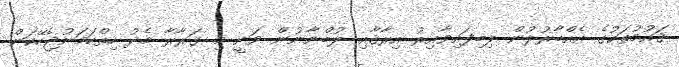
ޤައުމުތަކުގެ އެއްބާރުލުން ލިބިފައިވާއިރު އިރާޤާއި ލުބްނާނުން ވަނީ މި ގަރާރާ މެދު ހިތްހަމަނުޖެހޭކަން